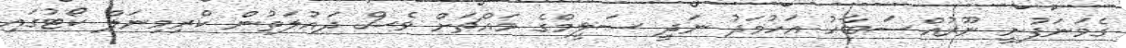
ގެމަނަފުށީ ނޫރުއްސަބާހު އަހުމަދު ނަދީ ސަލީމްގެ މައްޗަށް ވެސް ދައުލަތުން ކްރިމިނަލް ކޯޓުގައި